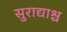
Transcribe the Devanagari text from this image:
सुराद्याश्च